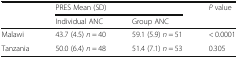
| <ROWSPAN=2>  | <COLSPAN=2> PRES Mean (SD) | <ROWSPAN=2> P value |
 | Individual ANC | Group ANC |
 | --- | --- | --- | --- |
 | Malawi | 43.7 (4.5) n = 40 | 59.1 (5.9) n = 51 | < 0.0001 |
 | Tanzania | 50.0 (6.4) n = 48 | 51.4 (7.1) n = 53 | 0.305 |